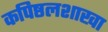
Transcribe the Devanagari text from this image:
कपिष्ठलशाखा